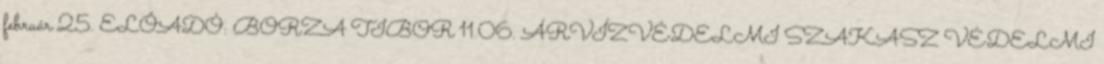
február 25. ELŐADÓ: BORZA TIBOR 11.06. ÁRVÍZVÉDELMI SZAKASZ VÉDELMI